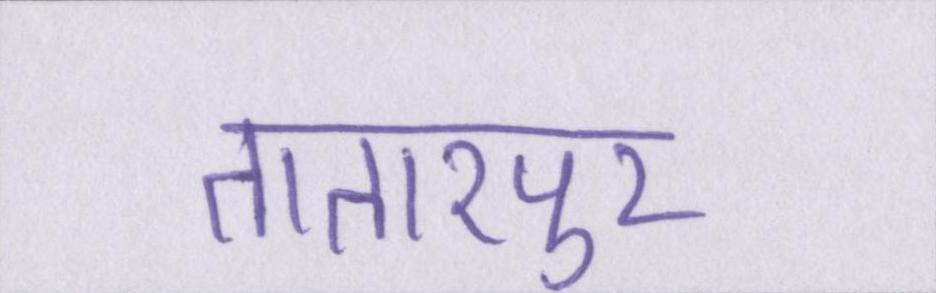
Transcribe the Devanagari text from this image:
तातारपुर